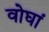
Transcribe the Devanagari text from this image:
वोघां